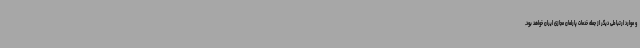
و موارد ارتباطی دیگر از جمله خدمات پارلمان مجازی ایران خواهد بود.